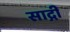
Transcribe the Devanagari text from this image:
साद्गी